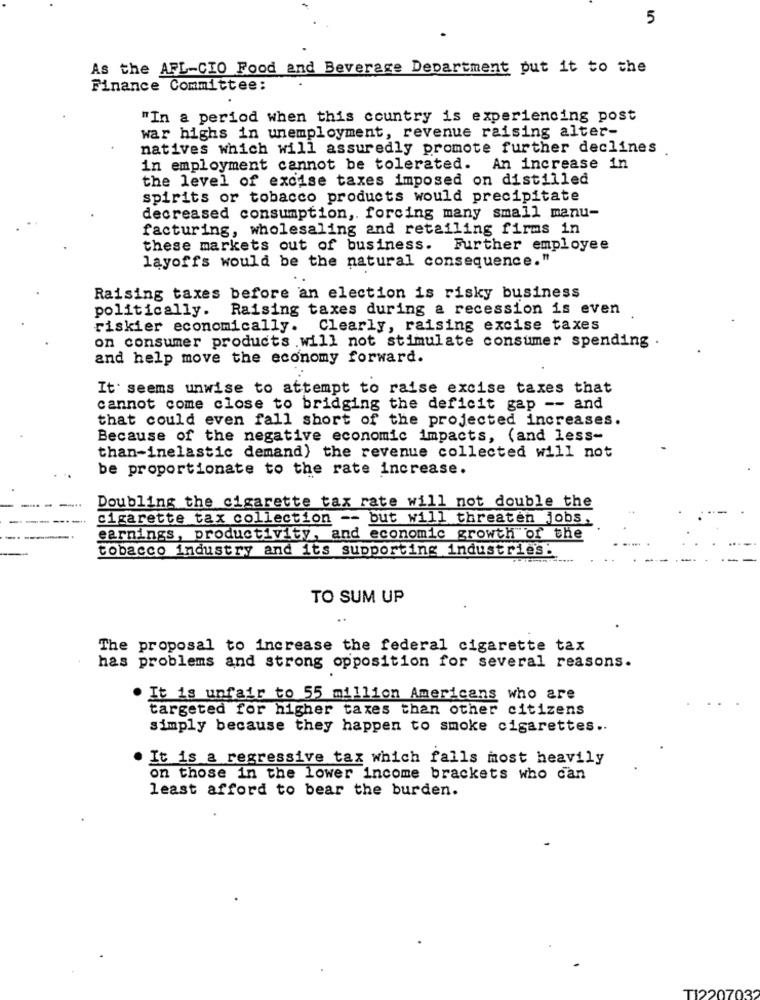
5
As the AFL-CIO Food and Beverage Department put it to the
Finance Committee:
"In a period when this country is experiencing post
war highs in unemployment, revenue raising alter-
natives which will assuredly promote further declines
in employment cannot be tolerated. An increase in
the level of excise taxes imposed on distilled
spirits or tobacco products would precipitate
decreased consumption ,. forcing many small manu-
facturing, wholesaling and retailing firms in
these markets out of business. Further employee
layoffs would be the natural consequence."
Raising taxes before an election is risky business
politically. Raising taxes during a recession is even
riskier economically. Clearly, raising excise taxes
on consumer products .will not stimulate consumer spending .
and help move the economy forward.
It seems unwise to attempt to raise excise taxes that
cannot come close to bridging the deficit gap -- and
that could even fall short of the projected increases.
Because of the negative economic impacts, (and less-
than-inelastic demand) the revenue collected will not
be proportionate to the rate increase.
...
Doubling the cigarette tax rate will not double the
cigarette tax collection -- but will threaten jobs.
earnings, productivity, and economic growth of the
tobacco industry and its supporting industries.
TO SUM UP
The proposal to increase the federal cigarette tax
has problems and strong opposition for several reasons.
It is unfair to 55 million Americans who are
targeted for higher taxes than other citizens
simply because they happen to smoke cigarettes ..
It is a regressive tax which falls most heavily
on those in the lower income brackets who can
least afford to bear the burden.
TI2207032